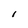
Character: I